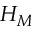
H _ { M }